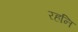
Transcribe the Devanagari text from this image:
रहनि